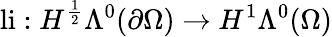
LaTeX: \mathrm{li}:H^{\frac{1}{2}}\Lambda^{0}(\partial\Omega)\to H^{1}\Lambda^{0}(\Omega)